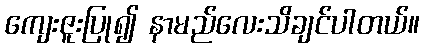
ကျေးဇူးပြု၍ နာမည်လေးသိချင်ပါတယ်။